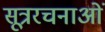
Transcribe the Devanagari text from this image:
सूत्ररचनाओं